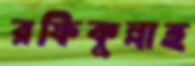
রফিকুল্লাহ